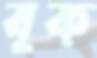
বৃক্